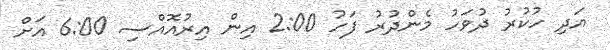
އަދި ހުކުރު ދުވަހު މެންދުރު ފަހު 2:00 އިން އިރުއޮއްސި 6:00 އަށް